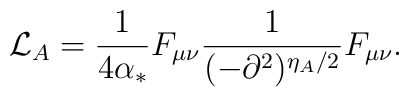
{\cal L}_A=\frac{1}{4\alpha_*}F_{\mu\nu}\frac{1}{(-\partial^2)^{\eta_A/2}}F_{\mu\nu}.